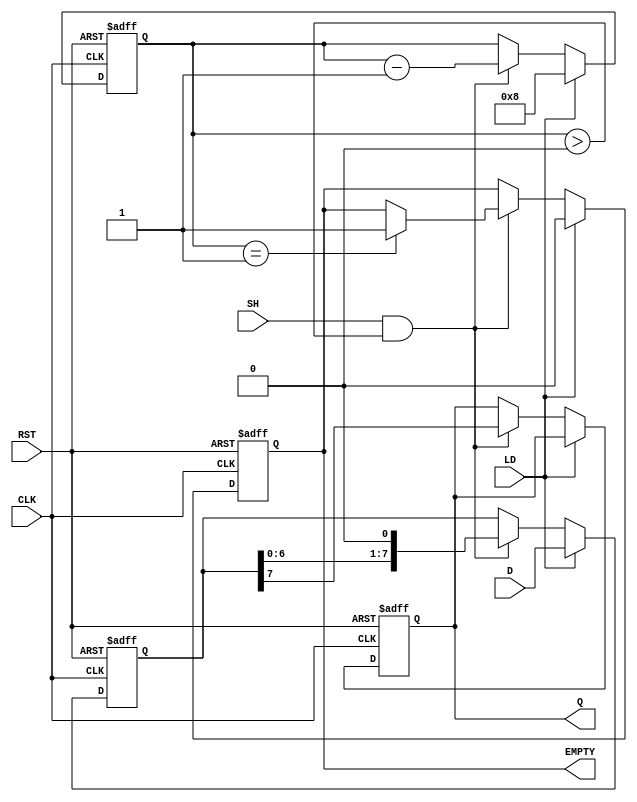
module dynamic_piso #(
    parameter N = 8  // Parameter for the number of bits
)(
    input  wire [N-1:0] D,    // Parallel input data bus
    input  wire LD,           // Load control signal
    input  wire SH,           // Shift control signal
    input  wire CLK,          // Clock signal
    input  wire RST,          // Asynchronous reset signal
    output reg  Q,            // Serial output
    output reg  EMPTY         // Empty flag
);

    reg [N-1:0] shift_reg;    // Shift register to hold the data
    reg [3:0] count;          // Counter to track the number of bits shifted out

    // Asynchronous reset and loading logic
    always @(posedge CLK or posedge RST) begin
        if (RST) begin
            shift_reg <= 0;     // Clear the shift register
            Q <= 0;             // Clear the serial output
            EMPTY <= 1;         // Set EMPTY flag
            count <= 0;         // Reset the counter
        end else begin
            if (LD) begin
                shift_reg <= D;  // Load data into the shift register
                count <= N;      // Set count to the number of bits
                EMPTY <= 0;      // Clear EMPTY flag
            end else if (SH && count > 0) begin
                Q <= shift_reg[N-1]; // Shift out the MSB
                shift_reg <= {shift_reg[N-2:0], 1'b0}; // Shift left
                count <= count - 1; // Decrement the count
                if (count == 1) begin
                    EMPTY <= 1;  // Set EMPTY flag when all bits are shifted out
                end
            end
        end
    end

endmodule